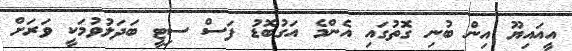
އީއައިޔޫ އިން ބުނި ގޮތުގައި އެންމެ އަގުބޮޑު ފަސް ސިޓީ ބަދަލުވުމަކީ ވަރަށް